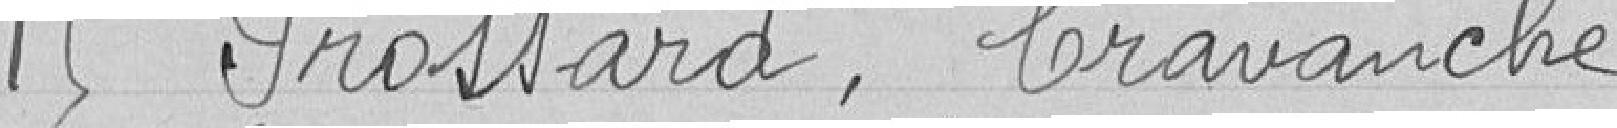
15 Frossard, Cravanche